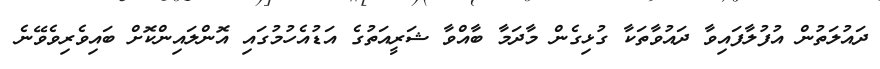
ދައުލަތުން އުފުލާފައިވާ ދައުވާތަކާ ގުޅިގެން މާދަމާ ބާއްވާ ޝަރީއަތުގެ އަޑުއެހުމުގައި އޮންލައިންކޮށް ބައިވެރިވެވޭނެ